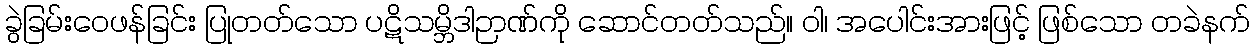
ခွဲခြမ်းဝေဖန်ခြင်း ပြုတတ်သော ပဋိသမ္ဘိဒါဉာဏ်ကို ဆောင်တတ်သည်။ ဝါ၊ အပေါင်းအားဖြင့် ဖြစ်သော တခဲနက်